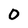
Character: 0